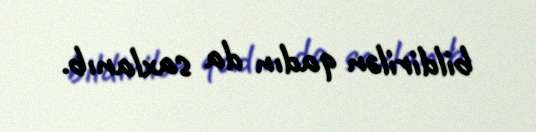
bildirilən qadın da saxlanıb.